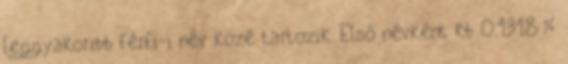
leggyakoribb férfi-i név közé tartozik. Első névként kb 0.1318%